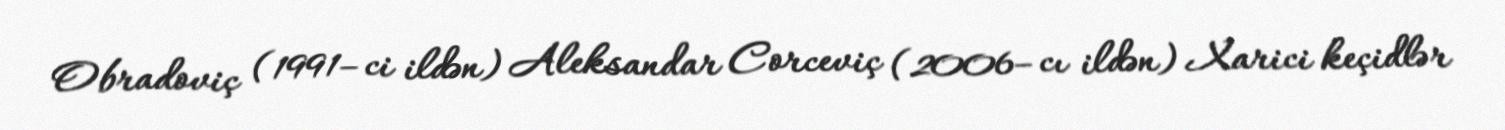
Obradoviç (1991–ci ildən) Aleksandar Corceviç (2006–cı ildən) Xarici keçidlər